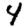
Digit: 4